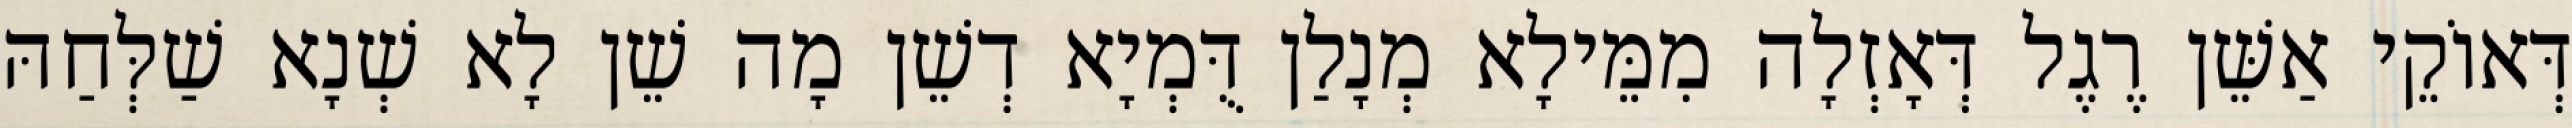
דְּאוֹקֵי אַשֵּׁן רֶגֶל דְּאָזְלָה מִמֵּילָא מְנָלַן דֻּמְיָא דְשֵׁן מָה שֵׁן לָא שְׁנָא שַׁלְּחַהּ